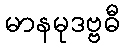
မာနမုဒဗ္ဗဓီ